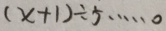
( x + 1 ) \div 5 \cdots 0